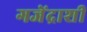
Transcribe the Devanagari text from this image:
गजेंद्राशी